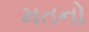
મતનો